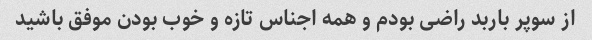
از سوپر باربد راضی بودم و همه اجناس تازه و خوب بودن موفق باشید